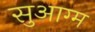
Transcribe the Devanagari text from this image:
सुआग्म